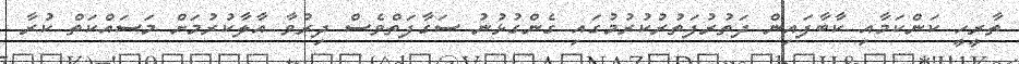
ތާރީހީ ކަންކަމާއި ކާބާފައިން ދަތުރުފަތުރުކުރުމުގައި ގެންގުޅުނު ސަގާފަތްވެސް ދިރުވާ އާލާކުރުމަށް މަސައްކަތް ކުރާ